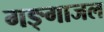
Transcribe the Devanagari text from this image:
गङ्गाजल